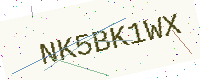
Text: NK5BK1WX